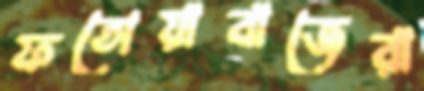
ফতোয়াবাজেরা